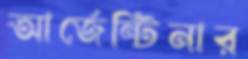
আর্জেন্টিনার